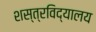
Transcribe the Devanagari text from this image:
शस्त्रविद्यालय